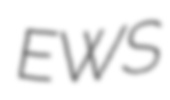
EWS